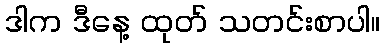
ဒါက ဒီနေ့ ထုတ် သတင်းစာပါ။